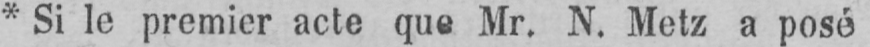
* Si le premier acte que Mr. N. Metz a posé